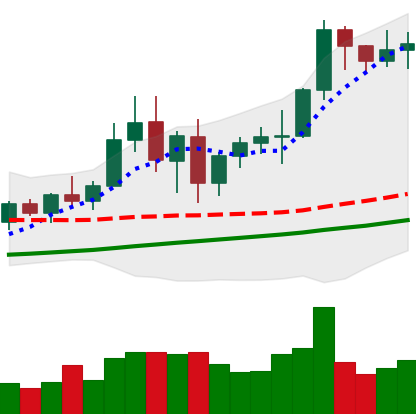
Ticker: BNB-USD
Chart end date: 2021-01-02
Forward return: 13.618%
Label: up_7plus